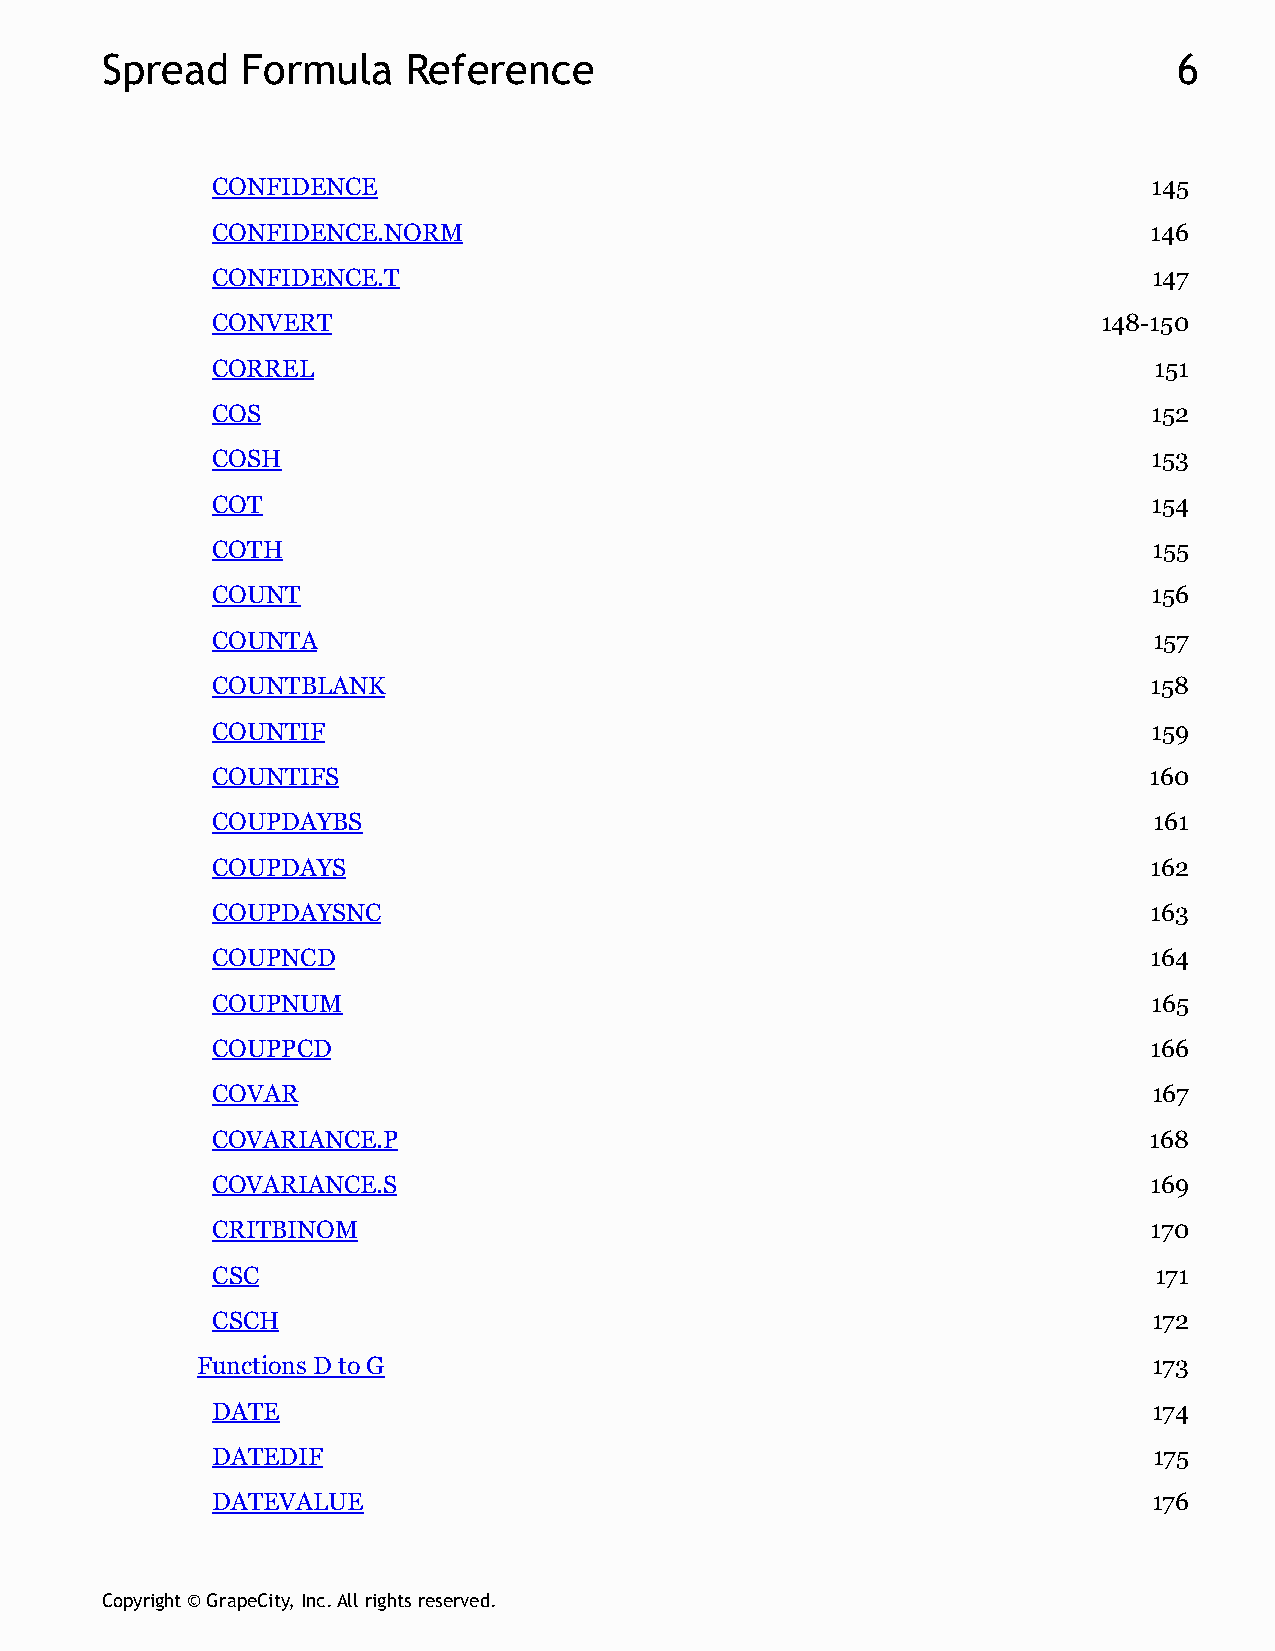
Spread   Formula    Reference                                          6
 CONFIDENCE                                                    145
 CONFIDENCE.NORM                                               146
 CONFIDENCE.T                                                  147
 CONVERT                                                    148-150
 CORREL                                                        151
 COS                                                           152
 COSH                                                          153
 COT                                                           154
 COTH                                                          155
 COUNT                                                         156
 COUNTA                                                        157
 COUNTBLANK                                                    158
 COUNTIF                                                       159
 COUNTIFS                                                      160
 COUPDAYBS                                                     161
 COUPDAYS                                                      162
 COUPDAYSNC                                                    163
 COUPNCD                                                       164
 COUPNUM                                                       165
 COUPPCD                                                       166
 COVAR                                                         167
 COVARIANCE.P                                                  168
 COVARIANCE.S                                                  169
 CRITBINOM                                                     170
 CSC                                                           171
 CSCH                                                          172
 Functions D to G                                               173
 DATE                                                          174
 DATEDIF                                                       175
 DATEVALUE                                                     176
 Copyright © GrapeCity, Inc. All rights reserved.